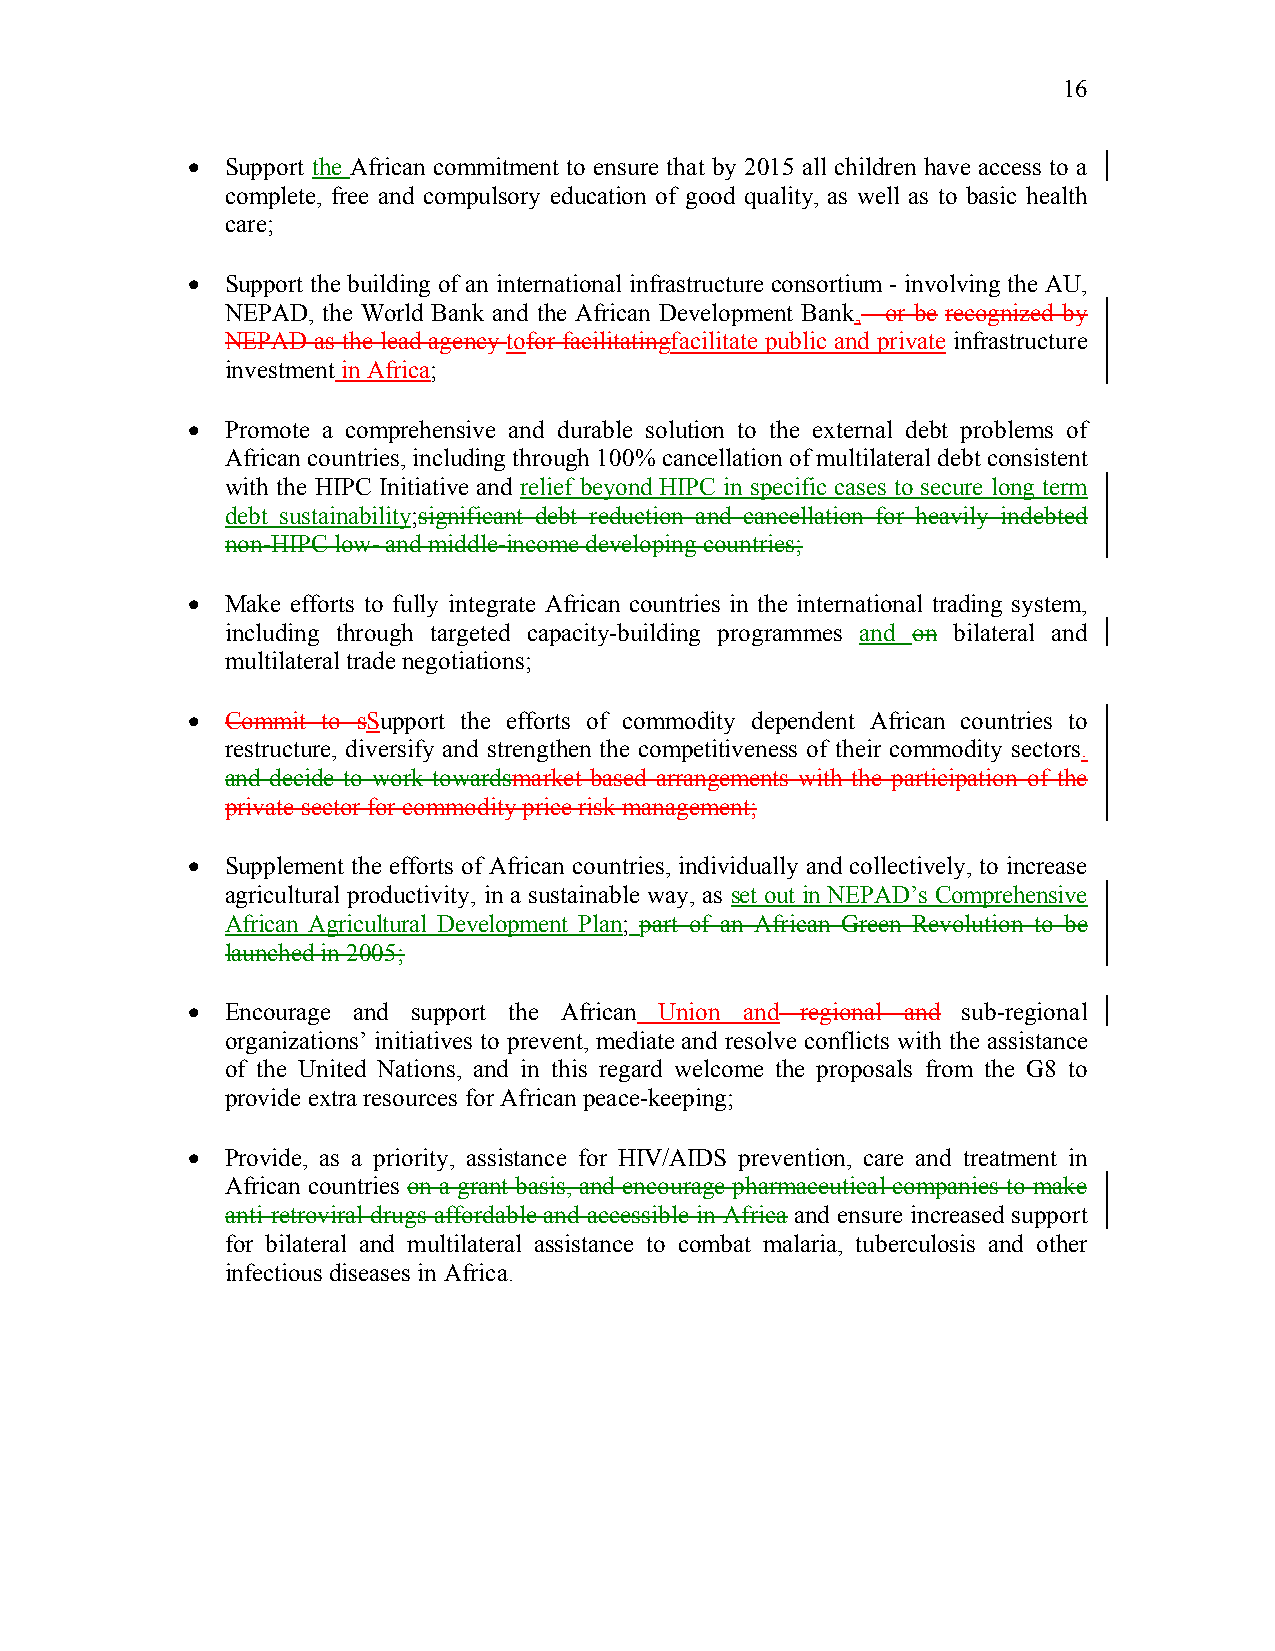
16
 •  Support the African commitment to ensure that by 2015 all children have access to a
 complete, free and compulsory education of good quality, as well as to basic health
 care;
 •  Support the building of an international infrastructure consortium - involving the AU,
 NEPAD, the World Bank and the African Development Bank, - or be recognized by
 NEPAD as the lead agency tofor facilitatingfacilitate public and private infrastructure
 investment in Africa;
 •  Promote a comprehensive and durable solution to the external debt problems of
 African countries, including through 100% cancellation of multilateral debt consistent
 with the HIPC Initiative and relief beyond HIPC in specific cases to secure long term
 debt sustainability;significant debt reduction and cancellation for heavily indebted
 non-HIPC low- and middle-income developing countries;
 •  Make efforts to fully integrate African countries in the international trading system,
 including through targeted capacity-building programmes and on bilateral and
 multilateral trade negotiations;
 •  Commit to sSupport the efforts of commodity dependent African countries to
 restructure, diversify and strengthen the competitiveness of their commodity sectors.
 and decide to work towardsmarket-based arrangements with the participation of the
 private sector for commodity price risk management;
 •  Supplement the efforts of African countries, individually and collectively, to increase
 agricultural productivity, in a sustainable way, as set out in NEPAD’s Comprehensive
 African Agricultural Development Plan; part of an African Green Revolution to be
 launched in 2005;
 •  Encourage and support the African Union and regional and sub-regional
 organizations’ initiatives to prevent, mediate and resolve conflicts with the assistance
 of the United Nations, and in this regard welcome the proposals from the G8 to
 provide extra resources for African peace-keeping;
 •  Provide, as a priority, assistance for HIV/AIDS prevention, care and treatment in
 African countries on a grant basis, and encourage pharmaceutical companies to make
 anti-retroviral drugs affordable and accessible in Africa and ensure increased support
 for bilateral and multilateral assistance to combat malaria, tuberculosis and other
 infectious diseases in Africa.